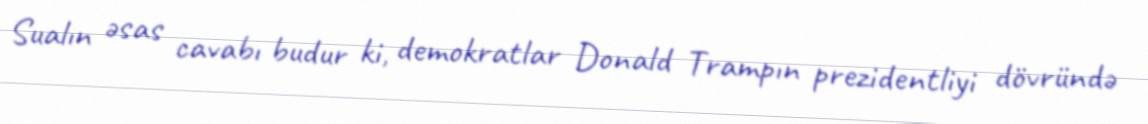
Sualın əsas cavabı budur ki, demokratlar Donald Trampın prezidentliyi dövründə